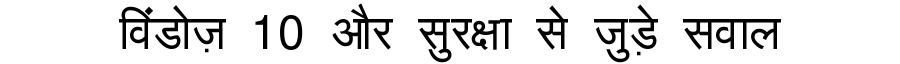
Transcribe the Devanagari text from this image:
विंडोज़ 10 और सुरक्षा से जुड़े सवाल